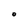
Character: O